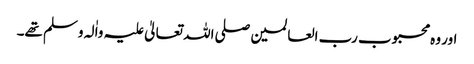
اور وہ محبوب رب العالمین صلی اللہ تعالیٰ علیہ واٰلہ وسلم تھے۔